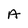
Character: A